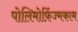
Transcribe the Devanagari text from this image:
पोलिमोर्फ़िज्मकाम